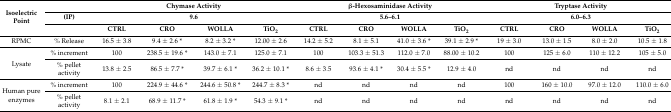
<table><thead><tr><td rowspan="3"><b>Isoelectric Point</b></td><td></td><td colspan="4"><b>Chymase Activity</b></td><td colspan="4"><b>β-Hexosaminidase Activity</b></td><td colspan="4"><b>Tryptase Activity</b></td></tr><tr><td><b>(IP)</b></td><td colspan="4"><b>9.6</b></td><td colspan="4"><b>5.6–6.1</b></td><td colspan="4"><b>6.0–6.3</b></td></tr><tr><td></td><td><b>CTRL</b></td><td><b>CRO</b></td><td><b>WOLLA</b></td><td><b>TiO<sub>2</sub></b></td><td><b>CTRL</b></td><td><b>CRO</b></td><td><b>WOLLA</b></td><td><b>TiO<sub>2</sub></b></td><td><b>CTRL</b></td><td><b>CRO</b></td><td><b>WOLLA</b></td><td><b>TiO<sub>2</sub></b></td></tr></thead><tbody><tr><td>RPMC</td><td>% Release</td><td>16.5 ± 3.8</td><td>9.4 ± 2.6 *</td><td>8.2 ± 3.2 *</td><td>12.00 ± 2.6</td><td>14.2 ± 5.2</td><td>8.1 ± 5.1</td><td>41.0 ± 3.6 *</td><td>39.1 ± 2.9 *</td><td>19 ± 3.0</td><td>13.0 ± 1.5</td><td>8.0 ± 2.0</td><td>10.5 ± 1.8</td></tr><tr><td rowspan="2">Lysate</td><td>% increment</td><td>100</td><td>238.5 ± 19.6 *</td><td>143.0 ± 7.1</td><td>125.0 ± 7.1</td><td>100</td><td>103.3 ± 51.3</td><td>112.0 ± 7.0</td><td>88.00 ± 10.2</td><td>100</td><td>125 ± 6.0</td><td>110 ± 12.2</td><td>105 ± 5.0</td></tr><tr><td>% pellet activity</td><td>13.8 ± 2.5</td><td>86.5 ± 7.7 *</td><td>39.7 ± 6.1 *</td><td>36.2 ± 10.1 *</td><td>8.6 ± 3.5</td><td>93.6 ± 4.1 *</td><td>30.4 ± 5.5 *</td><td>12.9 ± 4.0</td><td>nd</td><td>nd</td><td>nd</td><td>nd</td></tr><tr><td rowspan="2">Human pure enzymes</td><td>% increment</td><td>100</td><td>224.9 ± 44.6 *</td><td>244.6 ± 50.8 *</td><td>244.7 ± 8.3 *</td><td>nd</td><td>nd</td><td>nd</td><td>nd</td><td>100</td><td>160 ± 10.0</td><td>97.0 ± 12.0</td><td>110.0 ± 6.0</td></tr><tr><td>% pellet activity</td><td>8.1 ± 2.1</td><td>68.9 ± 11.7 *</td><td>61.8 ± 1.9 *</td><td>54.3 ± 9.1 *</td><td>nd</td><td>nd</td><td>nd</td><td>nd</td><td>nd</td><td>nd</td><td>nd</td><td>nd</td></tr></tbody></table>